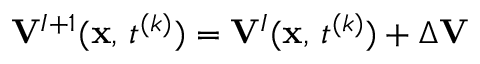
{ \bf V } ^ { I + 1 } ( { \bf x } , \, t ^ { ( k ) } ) = { \bf V } ^ { I } ( { \bf x } , \, t ^ { ( k ) } ) + \Delta { \bf V }